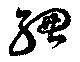
総